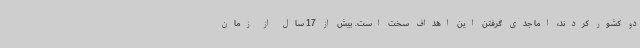
دو کشور کردند، اما جدی گرفتن این اهداف سخت است. بیش از 17 سال از زمان